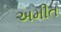
અમીત